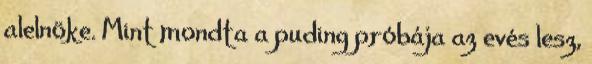
alelnöke. Mint mondta a puding próbája az evés lesz,